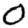
Digit: 0